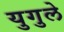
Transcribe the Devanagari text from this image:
युगुले